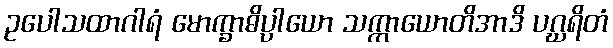
ဥပေါသထာဂါရံ မောက္ခာဓိပ္ပါယော သက္ကာယောတိအာဒိ ပဂ္ဃရိတံ